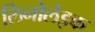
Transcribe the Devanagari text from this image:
लिनोलेइक